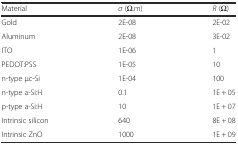
| Material | σ (Ω.m) | R (Ω) |
 | --- | --- | --- |
 | Gold | 2E-08 | 2E-02 |
 | Aluminum | 2E-08 | 3E-02 |
 | ITO | 1E-06 | 1 |
 | PEDOT:PSS | 1E-05 | 10 |
 | n-type μc-Si | 1E-04 | 100 |
 | n-type a-Si:H | 0.1 | 1E + 05 |
 | p-type a-Si:H | 10 | 1E + 07 |
 | Intrinsic silicon | 640 | 8E + 08 |
 | Intrinsic ZnO | 1000 | 1E + 09 |